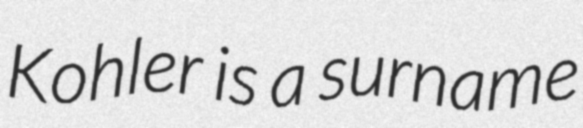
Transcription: Kohler is a surname